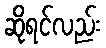
ဆိုရင်လည်း